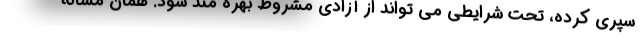
سپری کرده، تحت شرایطی می تواند از آزادی مشروط بهره مند شود. همان مسأله